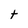
Character: t